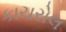
કાચરોલ